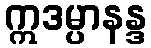
ဣဒမ္ပာနန္ဒ